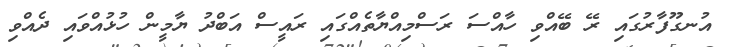
އުނގޫފާރުގައި ރޭ ބޭއްވި ހާއްސަ ރަސްމިއްޔާތެއްގައި ރައީސް އަބްދު ޔާމީން ހުޅުއްވައި ދެއްވި